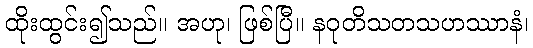
ထိုးထွင်း၍သည်။ အဟု၊ ဖြစ်ပြီ။ နဝုတိသတသဟဿာနံ၊